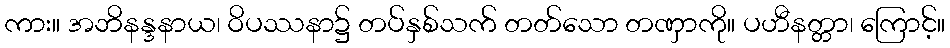
ကား။ အဘိနန္ဒနာယ၊ ဝိပဿနာ၌ တပ်နှစ်သက် တတ်သော တဏှာကို။ ပဟီနတ္တာ၊ ကြောင့်။